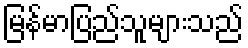
မြန်မာပြည်သူများသည်